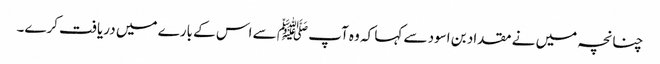
چنانچہ میں نے مقداد بن اسود سے کہا کہ وہ آپ ﷺ سے اس کے بارے میں دریافت کرے۔